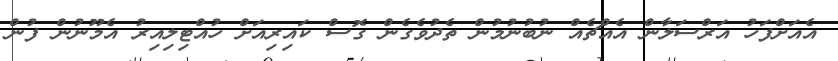
އެއަށްފަހު އަރްސަލާން އެއްޗެއް ނުބުނުމުން ތެދުވެގެން ގޮސް ކައިރިއަށް ހުއްޓިލިއިރު އެމޫނުން ފުން